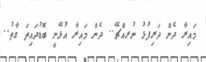
މައިރާ ދެން ދަރިފުޅު ނުރއްޗޭ.. ދެން މައިރާ އުޅޭނީ ބޮޑުދައިތަ ގާތު..